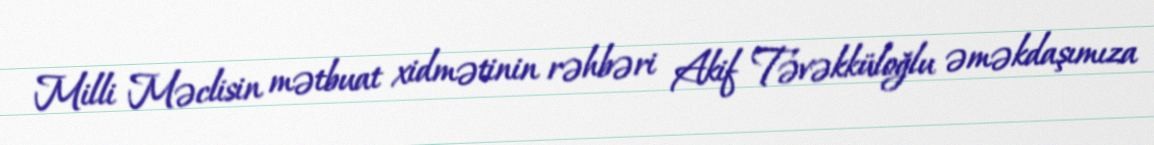
Milli Məclisin mətbuat xidmətinin rəhbəri Akif Təvəkküloğlu əməkdaşımıza